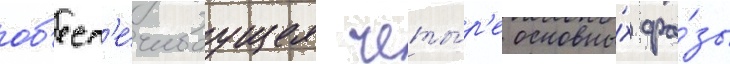
об'есп'е́чиваущее четы́р'е основны́х фа́зы